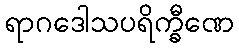
ရာဂဒေါသပရိက္ခီဏေ